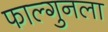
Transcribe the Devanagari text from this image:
फाल्गुनला